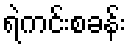
ရဲကင်းစခန်း